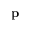
\mathbf { p }